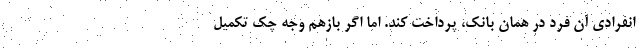
انفرادی آن فرد در همان بانک، پرداخت کند. اما اگر بازهم وجه چک تکمیل